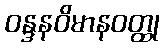
ဝန္ဒနဝိမာနဝတ္ထု